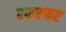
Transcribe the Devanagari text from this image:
एफएफए